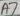
Text: A7